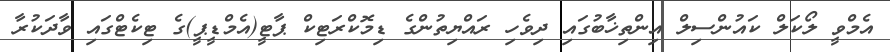
އެމްވީ ލޯކަލް ކައުންސިލް އިންތިޚާބުގައި ދިވެހި ރައްޔިތުންގެ ޑިމޮކްރަޓިކް ޕާޓީ(އެމްޑީޕީ)ގެ ޓިކެޓްގައި ވާދަކުރާ